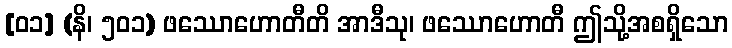
[၀၁] (နိ၊ ၅၀၁) ဖဿောဟောတီတိ အာဒီသု၊ ဖဿောဟောတီ ဤသို့အစရှိသော